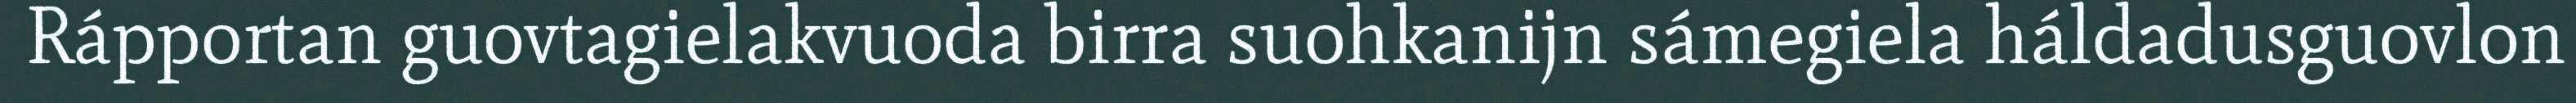
Rápportan guovtagielakvuoda birra suohkanijn sámegiela háldadusguovlon